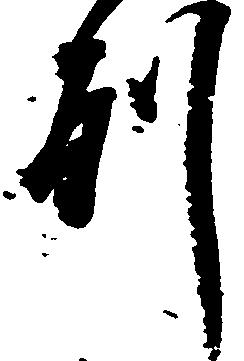
州